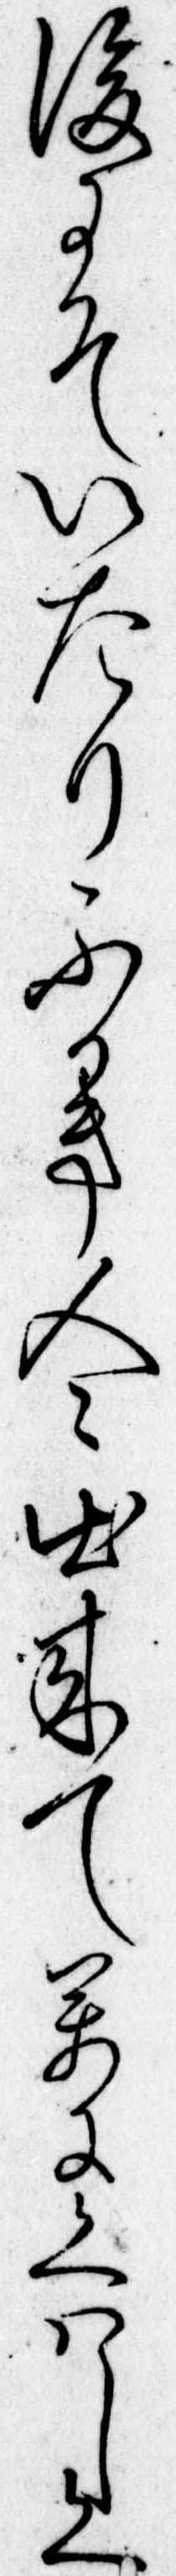
後にそいたりふかき人出来て万にくはしく